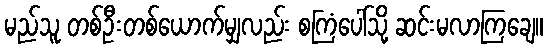
မည်သူ တစ်ဦးတစ်ယောက်မျှလည်း စကြံပေါ်သို့ ဆင်းမလာကြချေ။